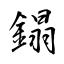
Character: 鎉